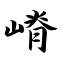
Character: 嵴